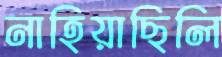
নাহিয়াছিলি